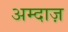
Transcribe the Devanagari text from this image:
अम्दाज़